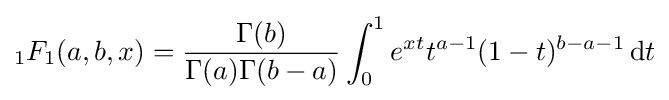
{}_{1}F_{1}(a,b,x)={\frac {\Gamma (b)}{\Gamma (a)\Gamma (b-a)}}\int _{0}^{1}e^{xt}t^{a-1}(1-t)^{b-a-1}\,\mathrm {d} t